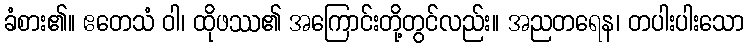
ခံစား၏။ ဧတေသံ ဝါ၊ ထိုဖဿ၏ အကြောင်းတို့တွင်လည်း။ အညတရေန၊ တပါးပါးသော